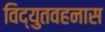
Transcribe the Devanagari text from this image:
विद्युतवहनास